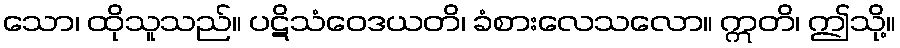
သော၊ ထိုသူသည်။ ပဋိသံဝေဒယတိ၊ ခံစားလေသလော။ ဣတိ၊ ဤသို့။